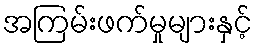
အကြမ်းဖက်မှုများနှင့်